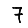
Digit: 7